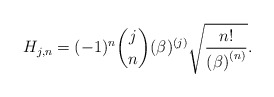
\begin{align*}H_{j,n}=(-1)^{n}\binom{j}{n}(\beta )^{(j)}\sqrt{\frac{n!}{\left( \beta\right) ^{\left( n\right) }}}. \end{align*}